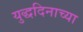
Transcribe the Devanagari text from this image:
युद्धदिनाच्या